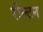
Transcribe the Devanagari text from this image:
रोल्टन